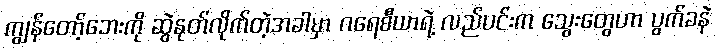
ကျွန်တော့်ဘေးကို ဆွဲနုတ်လိုက်တဲ့အခါမှာ ဂရေစီယာရဲ့ လည်ပင်းက သွေးတွေဟာ ပွက်ခနဲ